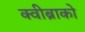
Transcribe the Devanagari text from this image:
क्वीब्राको